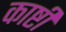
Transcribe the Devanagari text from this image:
काष्टी